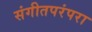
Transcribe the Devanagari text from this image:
संगीतपरंपरा